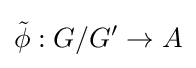
{\tilde {\phi }}:G/G'\to A